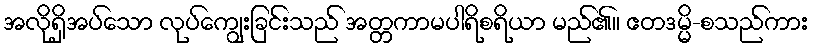
အလိုရှိအပ်သော လုပ်ကျွေးခြင်းသည် အတ္တကာမပါရိစရိယာ မည်၏။ ဧတဒမ္မိ-စသည်ကား